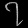
Digit: ၇